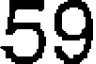
59